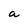
Character: a